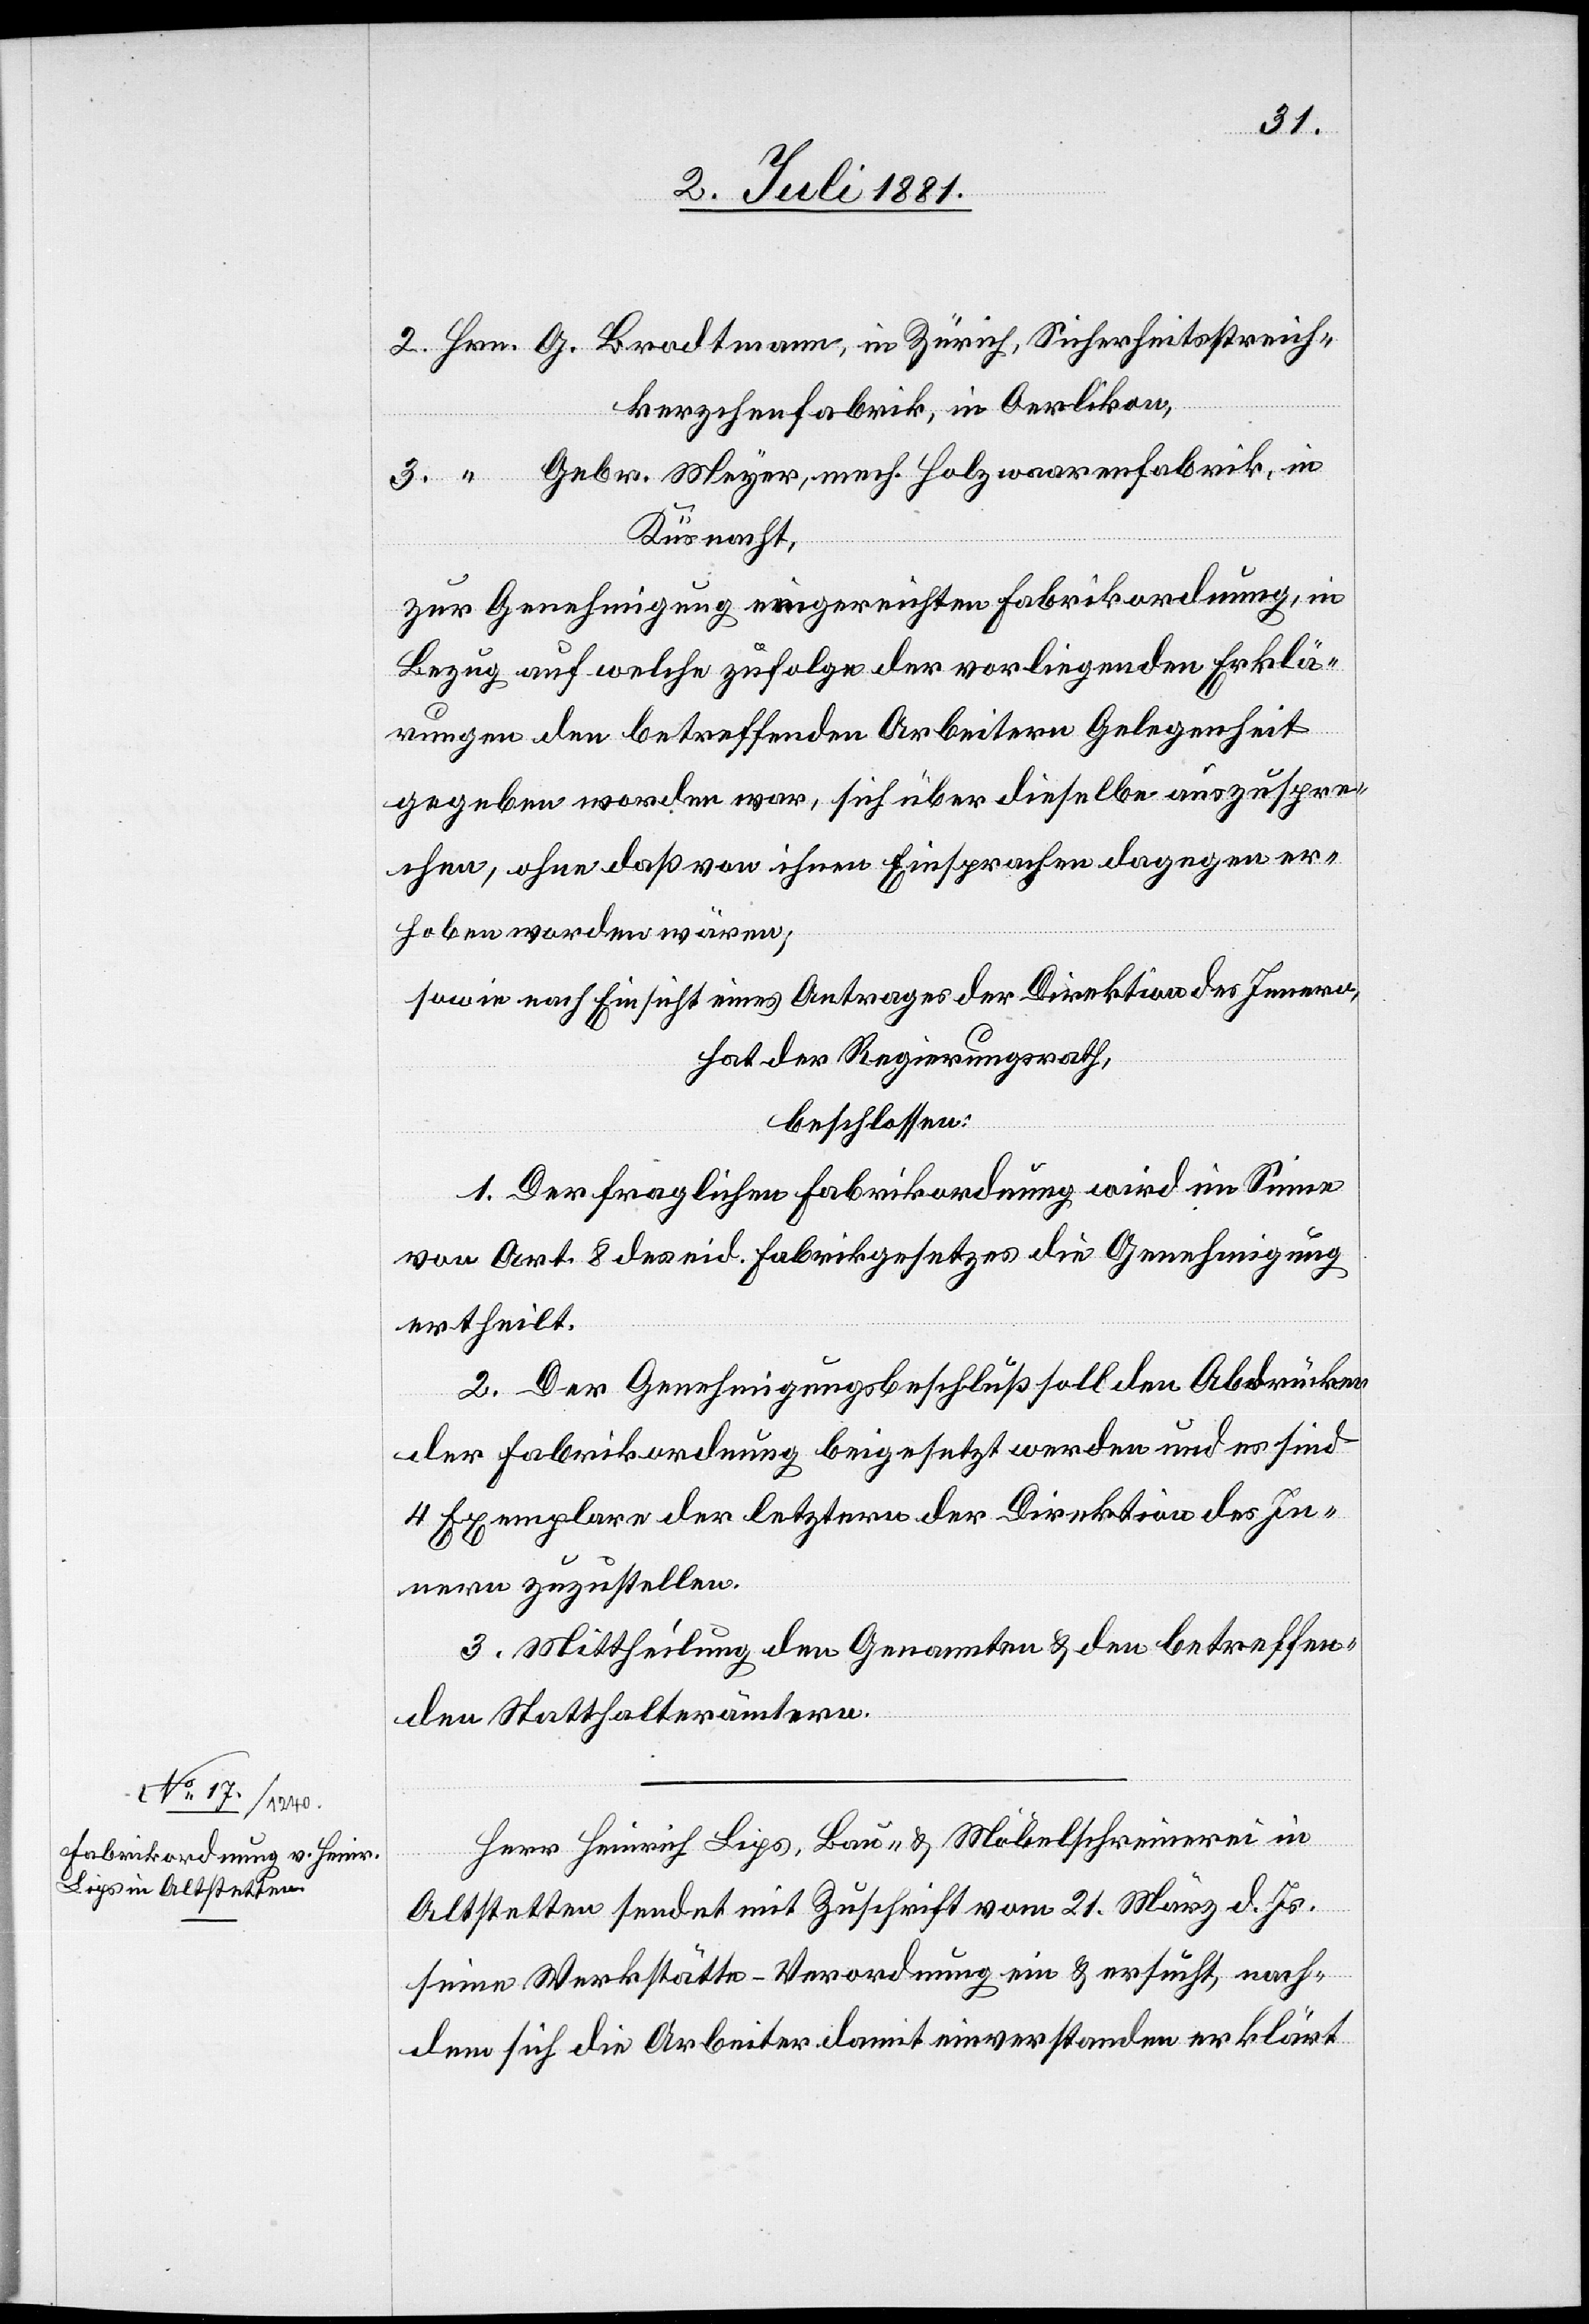
2. Hrn. G. Brodtmann, in Zürich, Sicherheitsstreich¬
kerzchenfabrik, in Oerlikon,
3. ” Gebr. Meyer, mech. Holzwaarenfabrik, in
Küsnacht,
zur Genehmigung eingereichten Fabrikordnung, in
Bezug auf welche zufolge der vorliegenden Erklä¬
rungen den betreffenden Arbeitern Gelegenheit
gegeben worden war, sich über dieselbe auszuspre¬
chen, ohne daß von ihnen Einsprachen dagegen er¬
hoben worden wären,
sowie nach Einsicht eines Antrages der Direktion des Innern,
hat der Regierungsrath,
beschlossen:
1. Der fraglichen Fabrikordnung wird im Sinne
von Art. 8 des eid. Fabrikgesetzes die Genehmigung
ertheilt.
2. Der Genehmigungsbeschluß soll den Abdrücken
der Fabrikordnung beigesetzt werden und es sind
4 Exemplare der letztern der Direktion des In¬
nern zuzustellen.
3. Mittheilung den Genannten & den betreffen¬
den Statthalterämtern.
Herr Heinrich Lips, Bau- & Möbelschreinerei in
Altstetten sendet mit Zuschrift vom 21. März d. Js.
seinen Werkstätte-Verordnung ein & ersucht, nach¬
dem sich die Arbeiter damit einverstanden erklärt